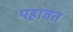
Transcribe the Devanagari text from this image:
पहावत